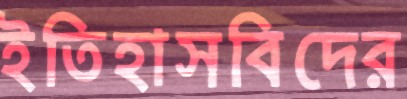
ইতিহাসবিদের